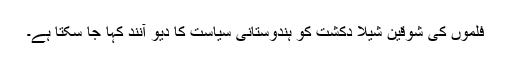
فلموں کی شوقین شیلا دکشت کو ہندوستانی سیاست کا دیو آنند کہا جا سکتا ہے۔